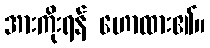
အားကိုးရန် ဟောထား၏။